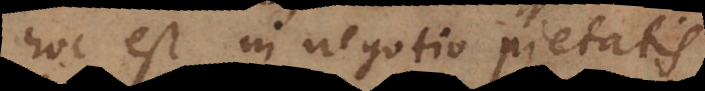
hoc est in negotio pieta